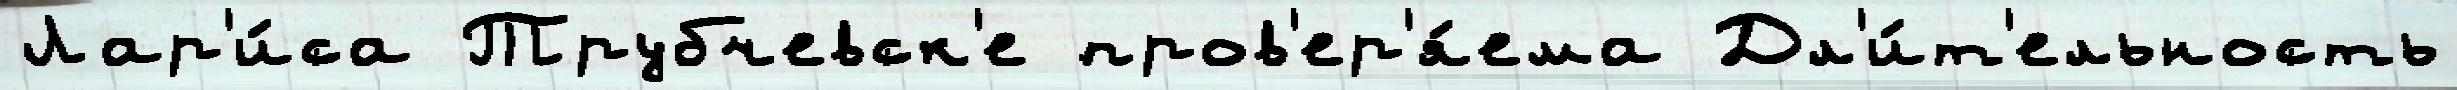
Лар'и́са Трубчевск'е пров'ер'я́ема Дл'и́т'ельность